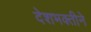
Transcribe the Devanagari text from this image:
देशभक्तीने